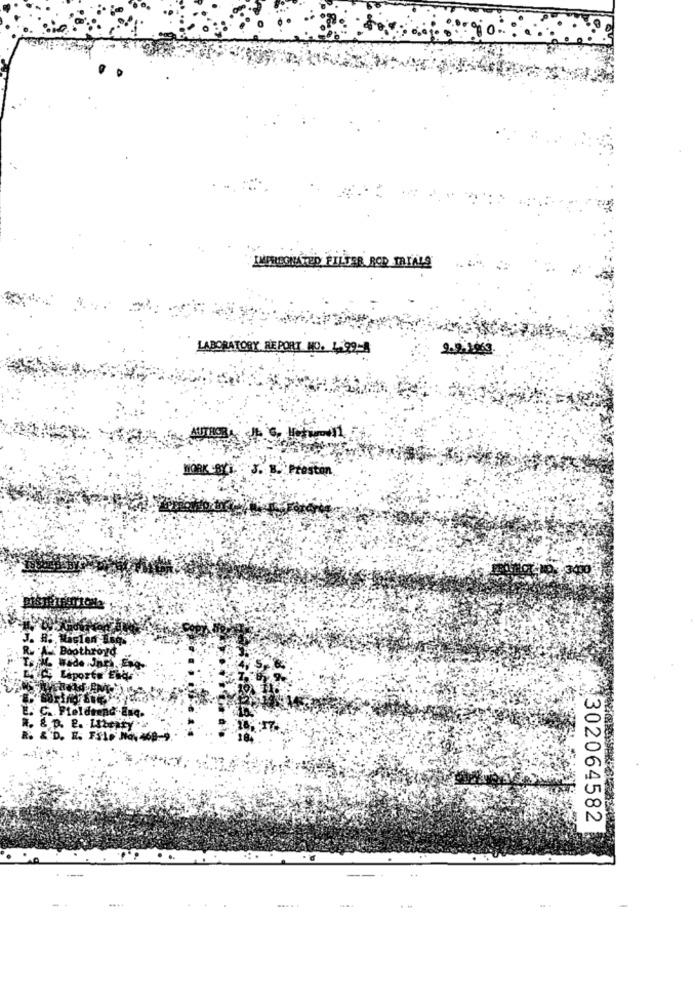
IMPREGNATED FILTER ROD TRIALS
LABORATORY REPORT NO. 1.99-
WORK BY
Preston
DESTHIESITIONS
A- Boothro
CE Laporte Ends
. C .. Fieldrend Esq.
R. & D. E. Library
R. & D. H. FILo' NON
18.
302064582
... +